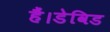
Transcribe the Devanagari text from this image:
हैं।डेविड